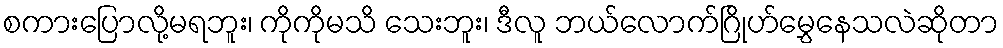
စကားပြောလို့မရဘူး၊ ကိုကိုမသိ သေးဘူး၊ ဒီလူ ဘယ်လောက်ဂြိုဟ်မွှေနေသလဲဆိုတာ